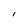
Character: I